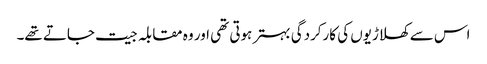
اس سے کھلاڑیوں کی کارکردگی بہتر ہوتی تھی اور وہ مقابلہ جیت جاتے تھے۔